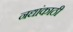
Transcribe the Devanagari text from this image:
नद्यांकाठी